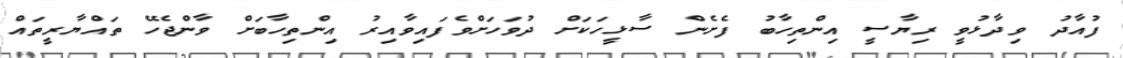
ފުއާދު ވިދާޅުވީ ރިޔާސީ އިންތިހާބު ފެށެން ސާޅީހަކަށް ދުވަހަށްވެފައިވާއިރު އިންތިހާބަށް ވާންޖެހޭ ތައްޔާރީތައް